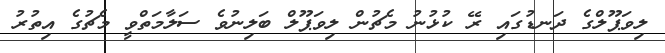
ލިވަޕޫލްގެ ދަނޑުގައި ރޭ ކުޅުނު މެޗުން ލިވަޕޫލް ބަލިނުވެ ސަލާމަތްވީ މެޗުގެ އިތުރު